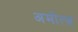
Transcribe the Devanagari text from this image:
अमोत्ज़